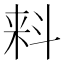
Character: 𬻢